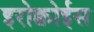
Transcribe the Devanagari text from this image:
इरोक्वोईस